Lunatic asylums Bombay report 1891-1903 - 1891-1903
Year: 1891
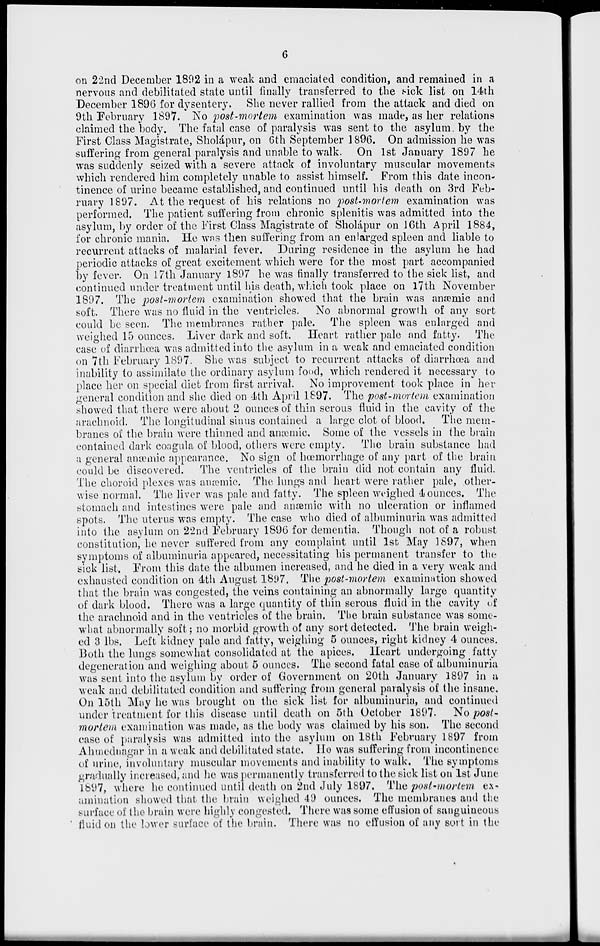
6
on 22nd December 1892 in a weak and emaciated condition, and remained in a
nervous and debilitated state until finally transferred to the sick list on 14th
December 1896 for dysentery. She never rallied from the attack and died on
9th February 1897. No post-mortem examination was made, as her relations
claimed the body. The fatal case of paralysis was sent to the asylum by the
First Class Magistrate, Sholápur, on 6th September 1896. On admission he was
suffering from general paralysis and unable to walk. On 1st January 1897 he
was suddenly seized with a severe attack of involuntary muscular movements
which rendered him completely unable to assist himself. From this date incon-
tinence of urine became established, and continued until his death on 3rd Feb-
ruary 1897. At the request of his relations no post-mortem examination was
performed. The patient suffering from chronic splenitis was admitted into the
asylum, by order of the First Class Magistrate of Sholápur on 16th April 1884,
for chronic mania. He was then suffering from an enlarged spleen and liable to
recurrent attacks of malarial fever. During residence in the asylum he had
periodic attacks of great excitement which were for the most part accompanied
by fever. On 17th January 1897 he was finally transferred to the sick list, and
continued under treatment until his death, which took place on 17th November
1897. The post-mortem examination showed that the brain was anæmic and
soft. There was no fluid in the ventricles. No abnormal growth of any sort
could be seen. The membranes rather pale. The spleen was enlarged and
weighed 15 ounces. Liver dark and soft.
Heart rather pale and fatty. The
case of diarrhœa was admitted into the asylum in a weak and emaciated condition
on 7th February 1897. She was subject to recurrent attacks of diarrhœa and
inability to assimilate the ordinary asylum food, which rendered it necessary to
place her on special diet from first arrival. No improvement took place in her
general condition and she died on 4th April 1897. The post-mortem examination
showed that there were about 2 ounces of thin serous fluid in the cavity of the
arachnoid. The longitudinal sinus contained a large clot of blood. The mem-
branes of the brain were thinned and anæmic. Some of the vessels in the brain
contained dark coagula of blood, others were empty. The brain substance had
a general anæmic appearance. No sign of hœmorrhage of any part of the brain
could be discovered. The ventricles of the brain did not contain any fluid.
The choroid plexes was anæmic. The lungs and heart were rather pale, other-
wise normal. The liver was pale and fatty. The spleen weighed 4 ounces. The
stomach and intestines were pale and anæmic with no ulceration or inflamed
spots. The uterus was empty. The case who died of albuminuria was admitted
into the asylum on 22nd February 1896 for dementia. Though not of a robust
constitution, he never suffered from any complaint until 1st May 1897, when
symptoms of albuminuria appeared, necessitating his permanent transfer to the
sick list. From this date the albumen increased, and he died in a very weak and
exhausted condition on 4th August 1897. The post-mortem examination showed
that the brain was congested, the veins containing an abnormally large quantity
of dark blood. There was a large quantity of thin serous fluid in the cavity of
the arachnoid and in the ventricles of the brain. The brain substance was some-
what abnormally soft; no morbid growth of any sort detected. The brain weigh-
ed 3 lbs. Left kidney pale and fatty, weighing 5 ounces, right kidney 4 ounces.
Both the lungs somewhat consolidated at the apices. Heart undergoing fatty
degeneration and weighing about 5 ounces. The second fatal case of albuminuria
was sent into the asylum by order of Government on 20th January 1897 in a
weak and debilitated condition and suffering from general paralysis of the insane.
On 15th May he was brought on the sick list for albuminuria, and continued
under treatment for this disease until death on 5th October 1897. No post-
mortem examination was made, as the body was claimed by his son. The second
case of paralysis was admitted into the asylum on 18th February 1897 from
Ahmednagar in a weak and debilitated state. He was suffering from incontinence
of urine, involuntary muscular movements and inability to walk. The symptoms
gradually increased, and he was permanently transferred to the sick list on 1st June
1897, where he continued until death on 2nd July 1897. The post-mortem ex-
amination showed that the brain weighed 49 ounces. The membranes and the
surface of the brain were highly congested. There was some effusion of sanguineous
fluid on the lower surface of the brain. There was no effusion of any sort in the